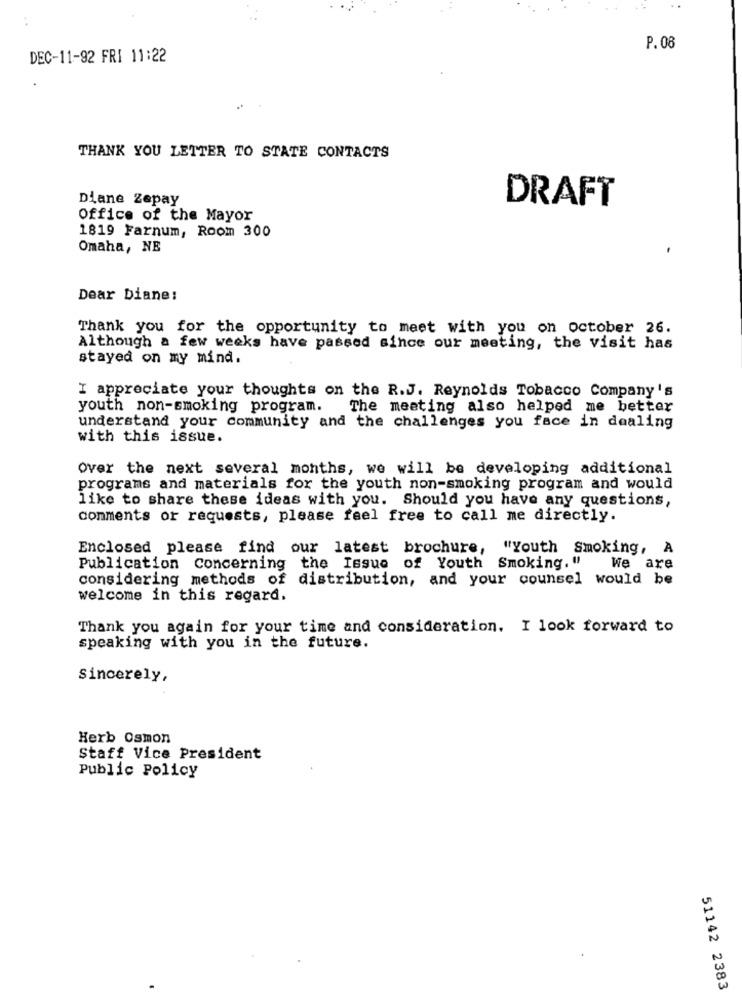
P. 08
DEC-11-92 FRI 11:22
THANK YOU LETTER TO STATE CONTACTS
Diane Zepay
DRAFT
Office of the Mayor
1819 Farnum, Room 300
Omaha, NE
Dear Diane:
Thank you for the opportunity to meet with you on october 26.
Although a few weeks have passed since our meeting, the visit has
stayed on my mind.
I appreciate your thoughts on the R.J. Reynolds Tobacco Company's
youth non-smoking program.
The meeting also helped me better
understand your community and the challenges you face in dealing
with this issue.
Over the next several months, we will be developing additional
programs and materials for the youth non-smoking program and would
like to share these ideas with you. Should you have any questions,
comments or requests, please feel free to call me directly.
Enclosed please find our latest brochure, "Youth Smoking, A
Publication concerning the Issue of Youth Smoking, "
We are
considering methods of distribution, and your counsel would be
welcome in this regard.
Thank you again for your time and consideration. I look forward to
speaking with you in the future.
sincerely,
Herb Osmon
Staff Vice President
Public Policy
51142 2383